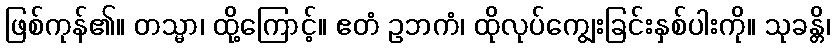
ဖြစ်ကုန်၏။ တသ္မာ၊ ထို့ကြောင့်။ ဧတံ ဥဘကံ၊ ထိုလုပ်ကျွေးခြင်းနှစ်ပါးကို။ သုခန္တိ၊